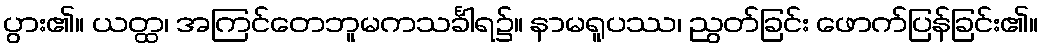
ပွား၏။ ယတ္ထ၊ အကြင်တေဘူမကသင်္ခါရ၌။ နာမရူပဿ၊ ညွတ်ခြင်း ဖောက်ပြန်ခြင်း၏။